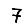
Digit: 7